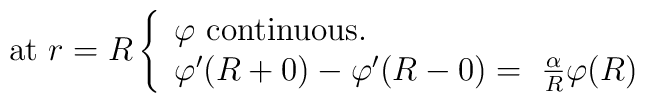
{\rm at}\ r=R\left\{ \begin{array}{ll}\varphi\   {\rm continuous.}\\\varphi '(R+0) - \varphi '(R-0) =\ \frac{\alpha}{R}\varphi (R) \end{array}\right.